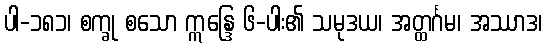
ပါ-၁၈၁၊ စက္ခု စသော ဣန္ဒြေ ၆-ပါး၏ သမုဒယ၊ အတ္ထင်္ဂမ၊ အဿာဒ၊